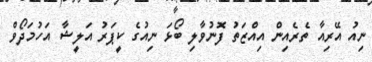
ނިއު އޭރިއާ ތެރެއިން އިއްޒަތު ފޮނުވާލި ބޯޅަ ނިއުގެ ކީޕަރު އަލީޝާ އަހުމަދޯވް